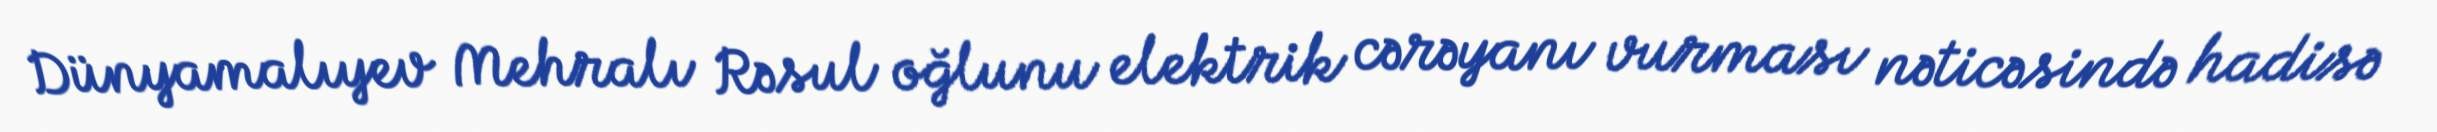
Dünyamalıyev Mehralı Rəsul oğlunu elektrik cərəyanı vurması nəticəsində hadisə